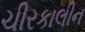
ચીરકાલીન